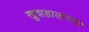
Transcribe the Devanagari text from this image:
खुशहालनगर